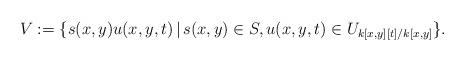
LaTeX: \begin{align*}V := \{ s(x, y)u(x, y, t) \,|\, s(x, y) \in S, u(x, y, t) \in U_{k[x, y][t]/k[x,y]} \}. \end{align*}